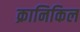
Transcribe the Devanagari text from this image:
क्रानिकिल